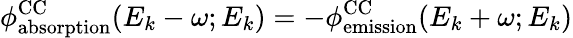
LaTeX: \phi_{\mathrm{{absorption}}}^{\mathrm{{CC}}}(E_{k}-\omega;E_{k})=-\phi_{\mathrm{{emission}}}^{\mathrm{{CC}}}(E_{k}+\omega;E_{k})